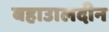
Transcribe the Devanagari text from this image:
बहाउालदीन